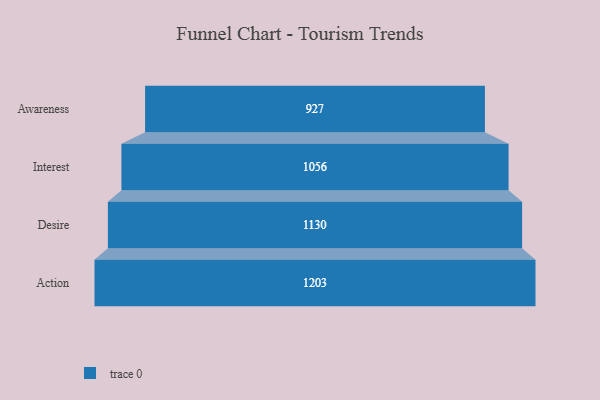
{"axis": {"x": "Stage", "y": "Value"}, "legend": [""], "data": [{"x": "Awareness", "y": 927.0, "type": ""}, {"x": "Interest", "y": 1056.0, "type": ""}, {"x": "Desire", "y": 1130.0, "type": ""}, {"x": "Action", "y": 1203.0, "type": ""}]}